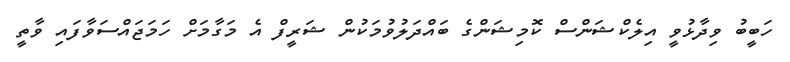
ހަބީބު ވިދާޅުވީ އިލެކްޝަންސް ކޮމިޝަންގެ ބައްދަލުވުމަކުން ޝަރީފް އެ މަގާމަށް ހަމަޖައްސަވާފައި ވާތީ